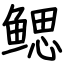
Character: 鳃